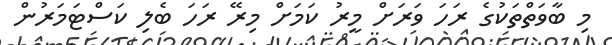
މި ބާވަތްތަކުގެ ރަހަ ވަރަށް މީރު ކަމަށް މިރޭ ރަހަ ބެލި ކަސްޓަމަރުން